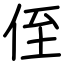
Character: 侄